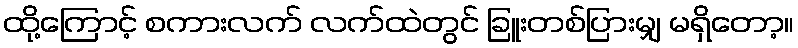
ထို့ကြောင့် စကားလက် လက်ထဲတွင် ခြူးတစ်ပြားမျှ မရှိတော့။